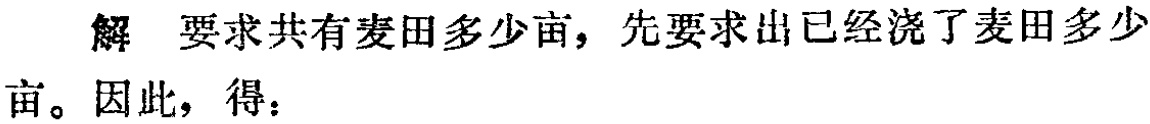
解 要求共有麦田多少亩，先要求出已经浇了麦田多少亩。因此，得：